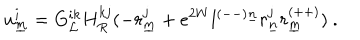
u _ { \underline { { { m } } } } ^ { i } = G _ { { \cal L } } ^ { i k } H _ { R } ^ { k j } ( - r _ { \underline { { { m } } } } ^ { j } + e ^ { 2 W } l ^ { ( -- ) \underline { { { n } } } } r _ { \underline { { { n } } } } ^ { j } r _ { \underline { { { m } } } } ^ { ( + + ) } ) ~ .